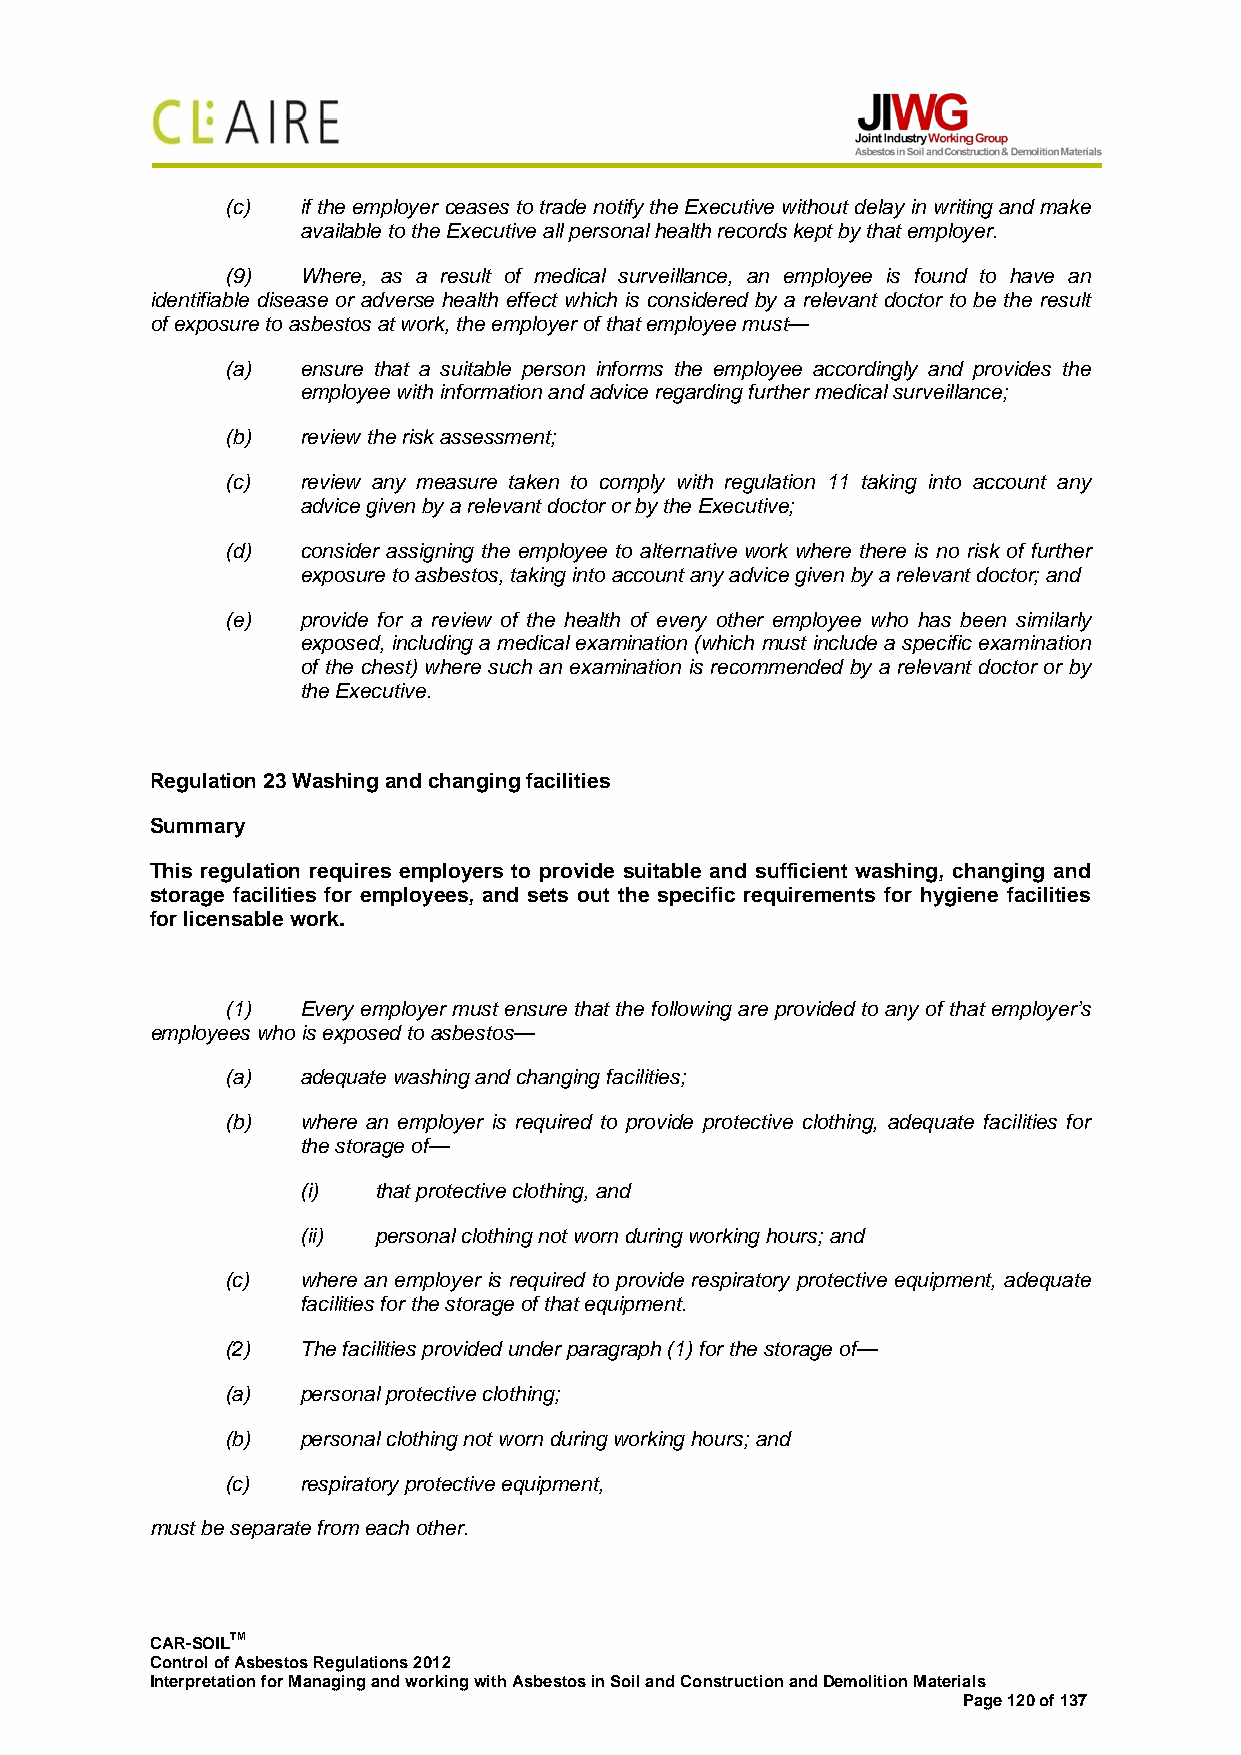
(c)  if the employer ceases to trade notify the Executive without delay in writing and make
 available to the Executive all personal health records kept by that employer.
 (9)  Where, as a result of medical surveillance, an employee is found to have an
 identifiable disease or adverse health effect which is considered by a relevant doctor to be the result
 of exposure to asbestos at work, the employer of that employee must—
 (a)  ensure that a suitable person informs the employee accordingly and provides the
 employee with information and advice regarding further medical surveillance;
 (b)  review the risk assessment;
 (c)  review any measure taken to comply with regulation 11 taking into account any
 advice given by a relevant doctor or by the Executive;
 (d)  consider assigning the employee to alternative work where there is no risk of further
 exposure to asbestos, taking into account any advice given by a relevant doctor; and
 (e)  provide for a review of the health of every other employee who has been similarly
 exposed, including a medical examination (which must include a specific examination
 of the chest) where such an examination is recommended by a relevant doctor or by
 the Executive.
 Regulation 23 Washing and changing facilities
 Summary
 This regulation requires employers to provide suitable and sufficient washing, changing and
 storage facilities for employees, and sets out the specific requirements for hygiene facilities
 for licensable work.
 (1)  Every employer must ensure that the following are provided to any of that employer’s
 employees who is exposed to asbestos—
 (a)  adequate washing and changing facilities;
 (b)  where an employer is required to provide protective clothing, adequate facilities for
 the storage of—
 (i)  that protective clothing, and
 (ii) personal clothing not worn during working hours; and
 (c)  where an employer is required to provide respiratory protective equipment, adequate
 facilities for the storage of that equipment.
 (2)  The facilities provided under paragraph (1) for the storage of—
 (a)  personal protective clothing;
 (b)  personal clothing not worn during working hours; and
 (c)  respiratory protective equipment,
 must be separate from each other.
 CAR-SOILTM
 Control of Asbestos Regulations 2012
 Interpretation for Managing and working with Asbestos in Soil and Construction and Demolition Materials
 Page 120 of 137